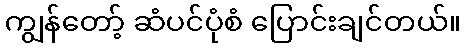
ကျွန်တော့် ဆံပင်ပုံစံ ပြောင်းချင်တယ်။